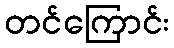
တင်ကြောင်း